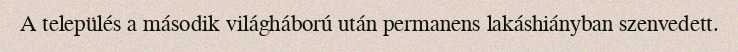
A település a második világháború után permanens lakáshiányban szenvedett.